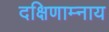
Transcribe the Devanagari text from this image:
दक्षिणाम्नाय